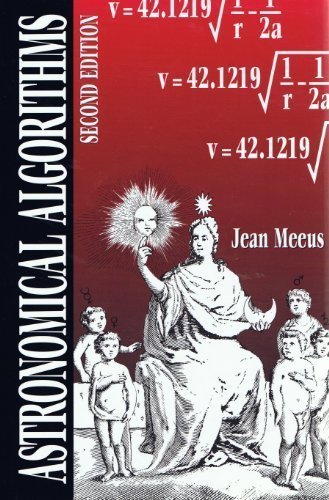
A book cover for Astronomical Algorithms; Jean Meeus; Science & Math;